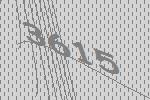
3615